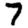
Digit: 7